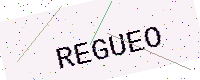
Text: REGUEO